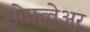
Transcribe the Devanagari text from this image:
सोफ़्त्वेअर